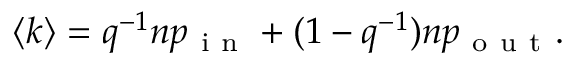
\begin{array} { r } { \langle k \rangle = q ^ { - 1 } n p _ { \mathrm { ~ i ~ n ~ } } + ( 1 - q ^ { - 1 } ) n p _ { \mathrm { ~ o ~ u ~ t ~ } } . } \end{array}